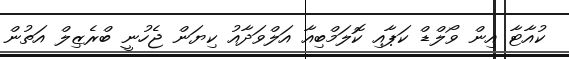
ކުއާޓާ އިން ވޯލްޑް ކަޕާއި ކޮލަމްބިއާ އަލްވަދާއު ކިޔަން ޖެހުނީ ބްރެޒިލް އަތުން